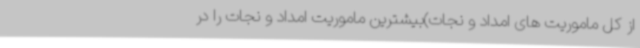
از کل ماموریت های امداد و نجات)بیشترین ماموریت امداد و نجات را در